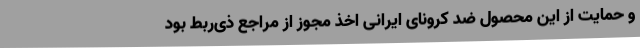
و حمایت از این محصول ضد کرونای ایرانی اخذ مجوز از مراجع ذی‌ربط بود